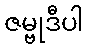
ဇမ္ဗုဒီပါ